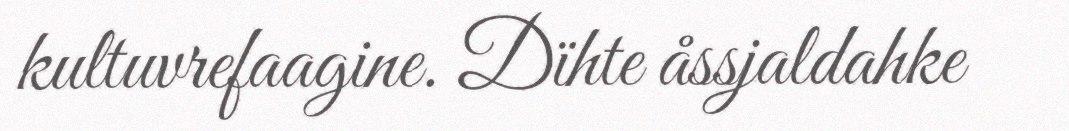
kultuvrefaagine. Dïhte åssjaldahke